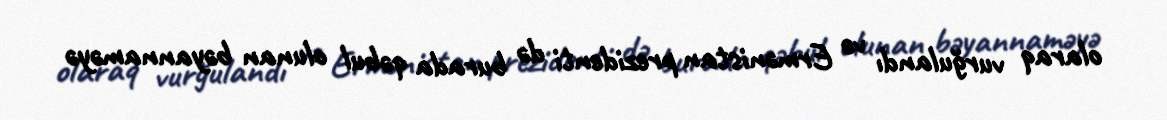
olaraq vurğulandı və Ermənistan prezidenti də burada qəbul olunan bəyannaməyə